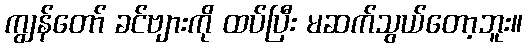
ကျွန်တော် ခင်ဗျားကို ထပ်ပြီး မဆက်သွယ်တော့ဘူး။